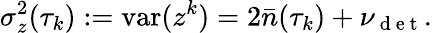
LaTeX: \sigma_{z}^{2}(\tau_{k}):=\mathrm{var}(z^{k})=2\bar{n}(\tau_{k})+\nu_{\mathrm{~d~e~t~}}.